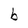
Character: b